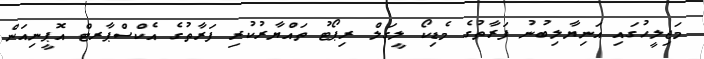
މަޖިލީހުގައި އަނިޔާލިބުނު ފަރާތުގެ މެޑިކޯ ލީގަލް ރިޕޯޓު ތައްޔާރުކުރި ފަރާތުގެ އެކްސްޕާރޓް އޮޕީނިއަން